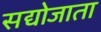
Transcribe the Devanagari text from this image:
सद्योजाता